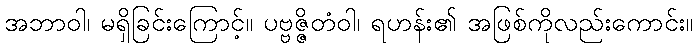
အဘာဝါ၊ မရှိခြင်းကြောင့်။ ပဗ္ဗဇ္ဇိတံဝါ၊ ရဟန်း၏ အဖြစ်ကိုလည်းကောင်း။